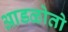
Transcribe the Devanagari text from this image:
आडळोतो